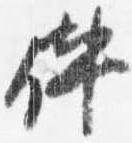
件